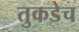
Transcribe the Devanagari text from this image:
तुकडेच